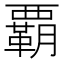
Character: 覇